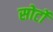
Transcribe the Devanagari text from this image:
सोर्टो